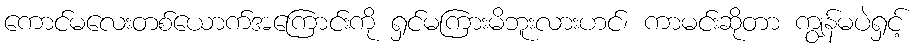
ကောင်မလေးတစ်ယောက်အကြောင်းကို ရှင်မကြားမိဘူးလားဟင်၊ ကာမင်းဆိုတာ ကျွန်မပဲရှင့်